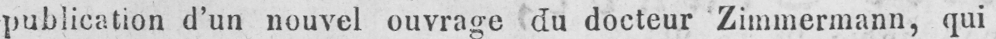
publication d’un nouvel ouvrage du docteur Zimmermann, qui